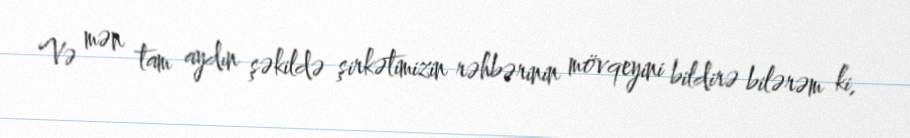
Və mən tam aydın şəkildə şirkətimizin rəhbərinin mövqeyini bildirə bilərəm ki,